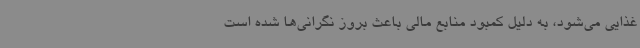
غذایی می‌شود، به دلیل کمبود منابع مالی باعث بروز نگرانی‌ها شده است